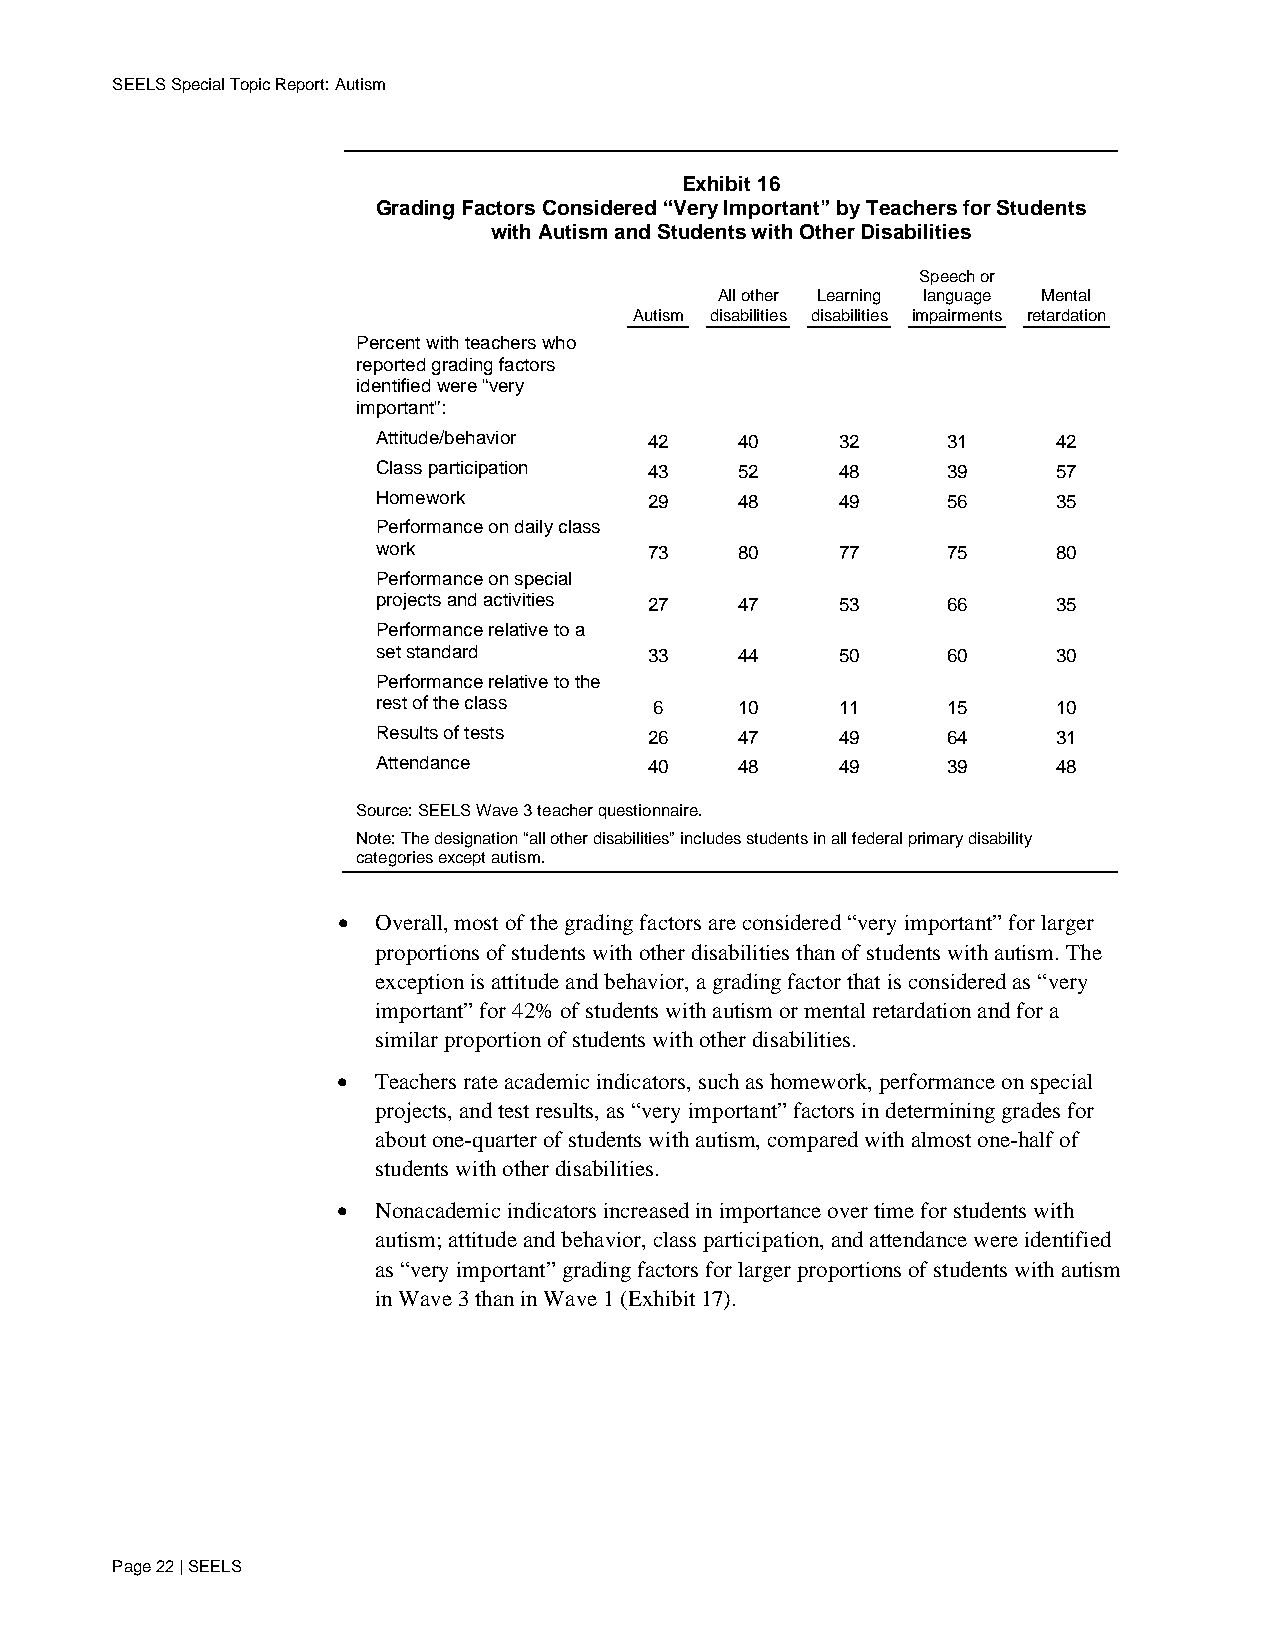
SEELS Special Topic Report: Autism
 Exhibit 16
 Grading Factors Considered “Very Important” by Teachers for Students
 with Autism and Students with Other Disabilities
 Speech or
 All other Learning language Mental
 Autism disabilities disabilities impairments retardation
 Percent with teachers who
 reported grading factors
 identified were “very
 important”:
 Attitude/behavior 42    40     32     31     42
 Class participation 43  52     48     39     57
 Homework          29    48     49     56     35
 Performance on daily class
 work              73    80     77     75     80
 Performance on special
 projects and activities 27 47  53     66     35
 Performance relative to a
 set standard      33    44     50     60     30
 Performance relative to the
 rest of the class 6     10     11     15     10
 Results of tests  26    47     49     64     31
 Attendance        40    48     49     39     48
 Source: SEELS Wave 3 teacher questionnaire.
 Note: The designation “all other disabilities” includes students in all federal primary disability
 categories except autism.
 •  Overall, most of the grading factors are considered “very important” for larger
 proportions of students with other disabilities than of students with autism. The
 exception is attitude and behavior, a grading factor that is considered as “very
 important” for 42% of students with autism or mental retardation and for a
 similar proportion of students with other disabilities.
 •  Teachers rate academic indicators, such as homework, performance on special
 projects, and test results, as “very important” factors in determining grades for
 about one-quarter of students with autism, compared with almost one-half of
 students with other disabilities.
 •  Nonacademic indicators increased in importance over time for students with
 autism; attitude and behavior, class participation, and attendance were identified
 as “very important” grading factors for larger proportions of students with autism
 in Wave 3 than in Wave 1 (Exhibit 17).
 Page 22 | SEELS